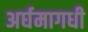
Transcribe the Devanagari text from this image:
अर्घमागधी